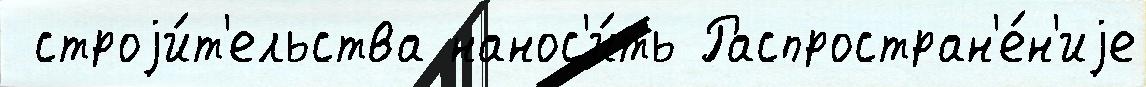
 строjи́т'ельства нанос'и́ть Распростран'е́н'иjе